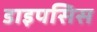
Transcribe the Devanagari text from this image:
डाइपसिस